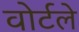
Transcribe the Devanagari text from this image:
वोर्टले